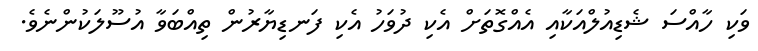
ވަކި ހާއްސަ ޝެޑިއުލްއަކާއި އެއްގޮތަށް އެކި ދުވަހު އެކި ފަނޑިޔާރުން ތިއްބަވާ އުސޫލަކުންނެވެ.